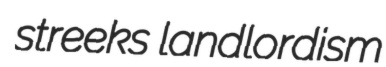
streeks landlordism